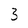
Character: 3